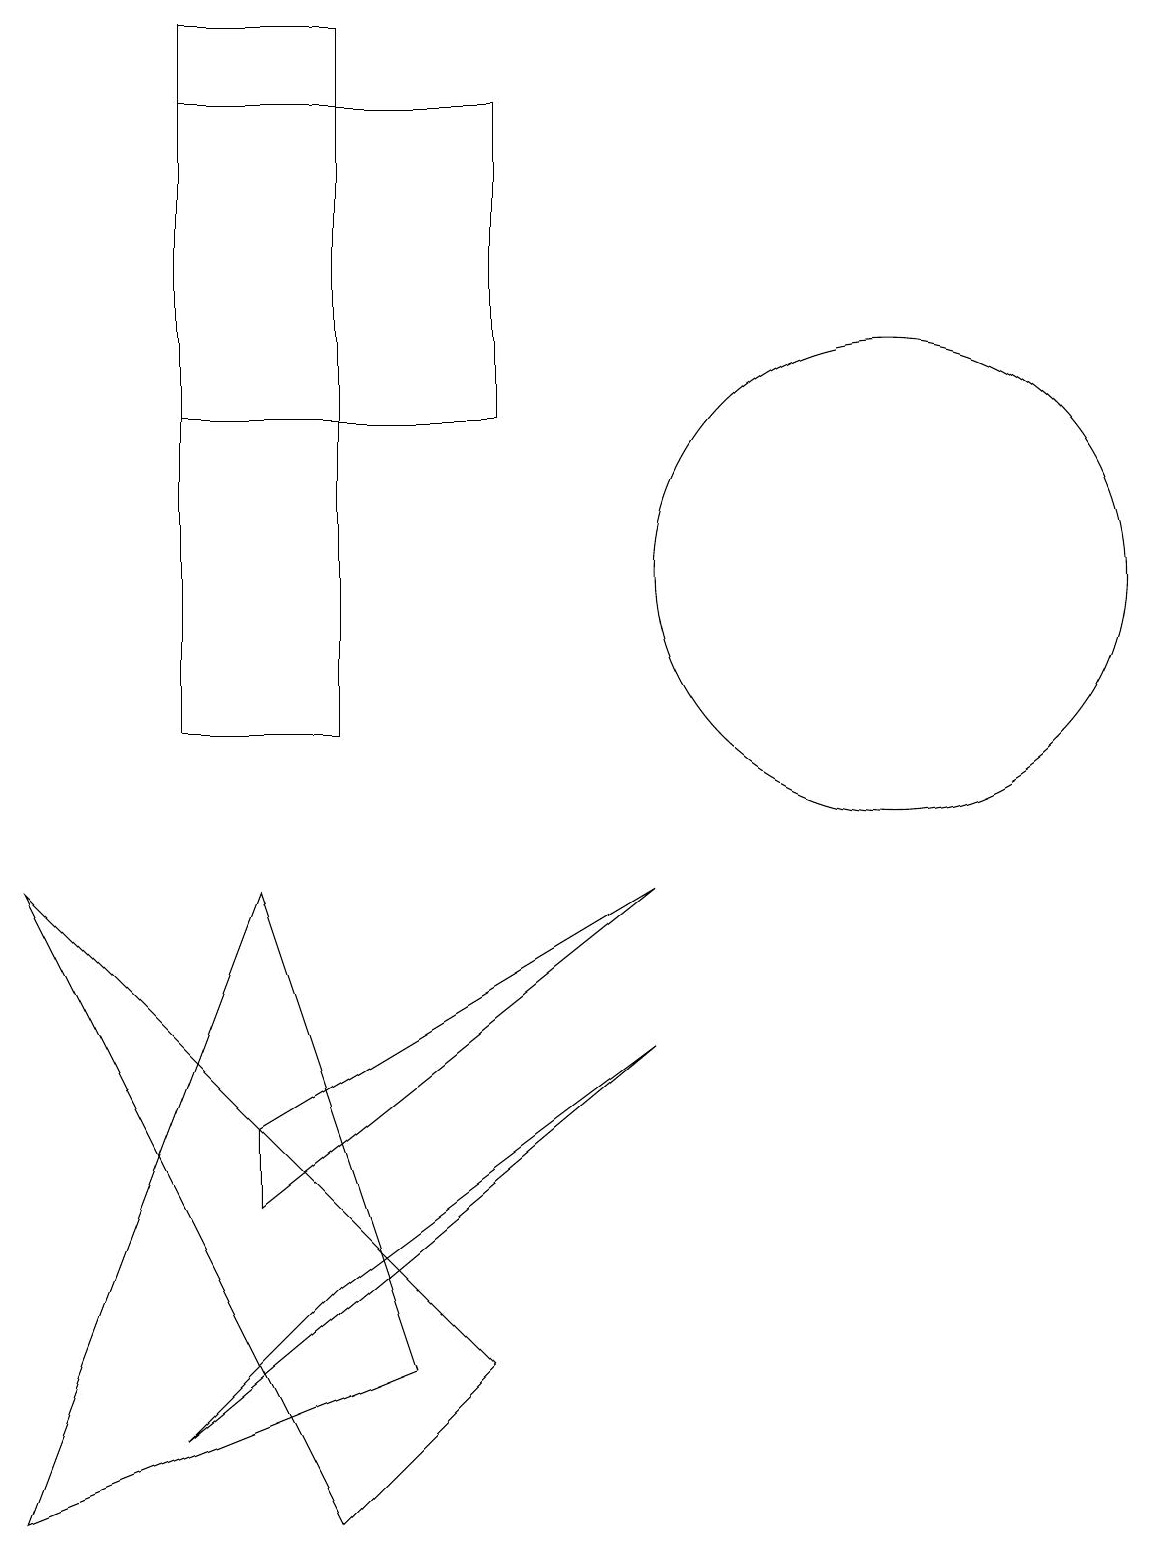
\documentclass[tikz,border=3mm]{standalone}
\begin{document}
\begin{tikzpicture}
\draw (3,4) -- (3,5) -- (8,8) -- cycle;
\draw (9,16) rectangle (9,16);
\draw (2,14) rectangle (6,18);
\draw (11,12) circle (3);
\draw (8,6) -- (2,1) -- (4,3) -- cycle;
\draw (0,0) -- (3,8) -- (5,2) -- cycle;
\draw (0,8) -- (4,0) -- (6,2) -- cycle;
\draw (2,10) rectangle (4,19);
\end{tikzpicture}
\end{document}